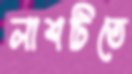
লাশটিতে